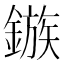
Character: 鏃